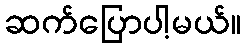
ဆက်ပြောပါ့မယ်။